system: You are a helpful assistant.
user:
Analyze the provided spectrum to determine if it is a **M-type Giant (gM)**.

A M-type Giant spectrum is defined by its **strong molecular absorption** features, particularly from **Titanium Oxide (TiO)**. You must check for one of the following mutually exclusive signatures:

- **Key Visual Indicators (Absorption-Dominated Spectrum):**

    - **(Primary):** The spectrum is dominated by strong molecular absorption from **Titanium Oxide (TiO)**. This is the **defining feature** of its M-type temperature class.
        - **(Key Bandheads):** Look for sharp, "saw-tooth" absorption valleys. The strongest are located near **~7050 Å**, **~6160 Å**, and **~5170 Å**.
        - **(Line Profile):** The "saw-tooth" morphology is critical: a **sharp, steep drop on the BLUE (short-wavelength) side** of the bandhead, followed by a gradual recovery (rising flux) towards the RED (long-wavelength) side.

    - **(Key Confirmation - Giant vs. Dwarf):** **ABSENCE** of strong **Calcium Hydride (CaH)** molecular bands. This is the primary diagnostic for *excluding* M-dwarfs.
        - **(Key Region):** The spectrum should lack the strong, broad absorption band seen in dwarfs between **~6800 Å and ~7000 Å**.

    - **(Secondary Confirmation - Giant):** A very strong and broad **Neutral Calcium (Ca I)** atomic absorption line.
        - **(Key Line):** Located at **~4226 Å**. In a giant (gM), this line is significantly deeper and broader than the same line in an M-dwarf (dM) due to low surface gravity.

    - **(Overall Spectrum):**
        - The continuum is **extremely red-sloping** (i.e., flux is very low in the blue and rises dramatically towards the red).
        - The entire spectrum appears "chopped up" by the deep TiO bands.

Think first, call **spectral_visualization_tool** if needed to examine features in detail, then provide your final answer. Your response must adhere to the following strict rules:
1.  **Overall Structure:** Your response must follow the format `<think>...</think> <tool_call>...</tool_call> (if a tool is used) <answer>...</answer>`.
2.  **Tool Usage Constraint:** You may only make **one** tool call per turn.
3.  **Final Answer Format:** In the `<answer>` tag, your conclusion must be inside a `\boxed{}` command (e.g., `\boxed{YES}` or `\boxed{NO}`), followed by your justification.

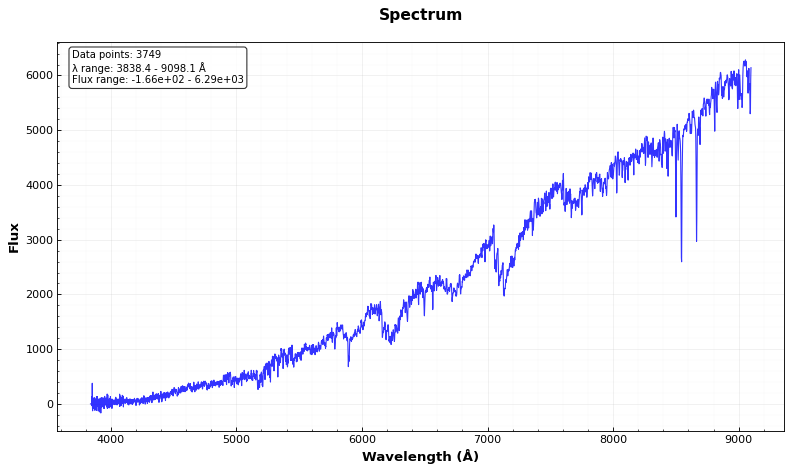
Answer: YES